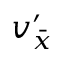
\ v _ { \bar { x } } ^ { \prime }